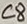
Text: C8